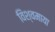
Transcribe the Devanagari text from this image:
विश्वमाया